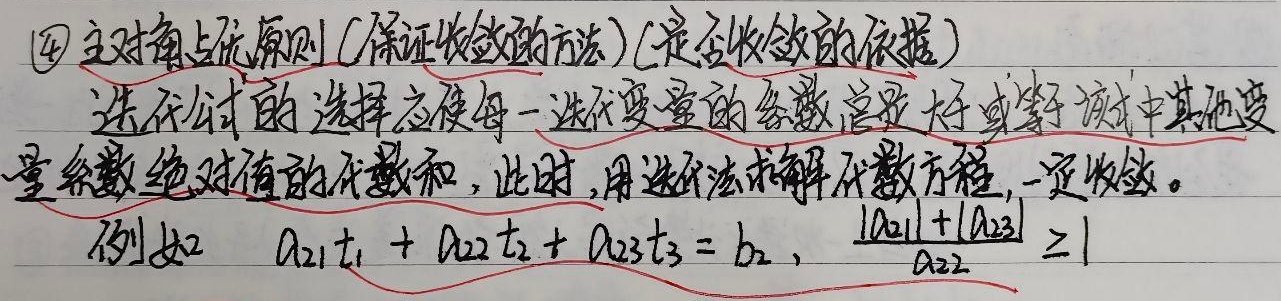
\textcircled{4} 主对角占优原则（保证收敛的方法）（是否收敛的依据）：迭代公式的选择应使每一迭代变量的系数总是大于或等于该式中其他变量系数绝对值的代数和，此时，用迭代法求解代数方程，一定收敛。例如\(a_{21}t_{1} + a_{22}t_{2} + a_{23}t_{3} = b_{2}\)，\(\frac{\vert a_{21}\vert+\vert a_{23}\vert}{a_{22}}\geq1\)